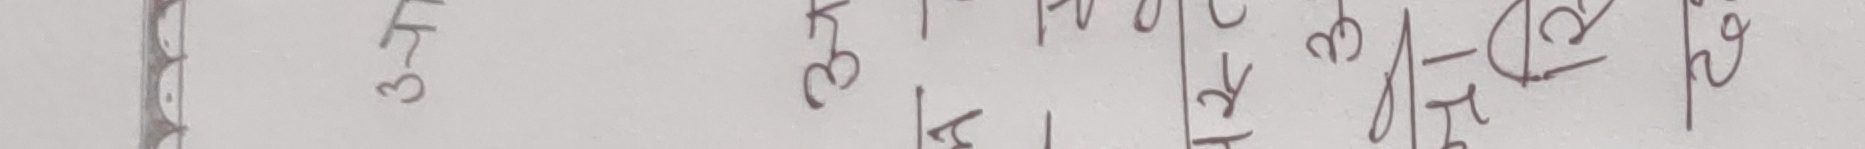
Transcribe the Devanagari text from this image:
३फ अक ३ल एम दब टप भय ठघ